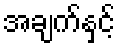
အချက်နှင့်